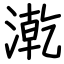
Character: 漧